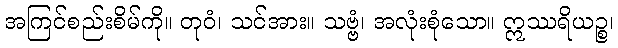
အကြင်စည်းစိမ်ကို။ တုဝံ၊ သင်အား။ သဗ္ဗံ၊ အလုံးစုံသော။ ဣဿရိယဉ္စ၊